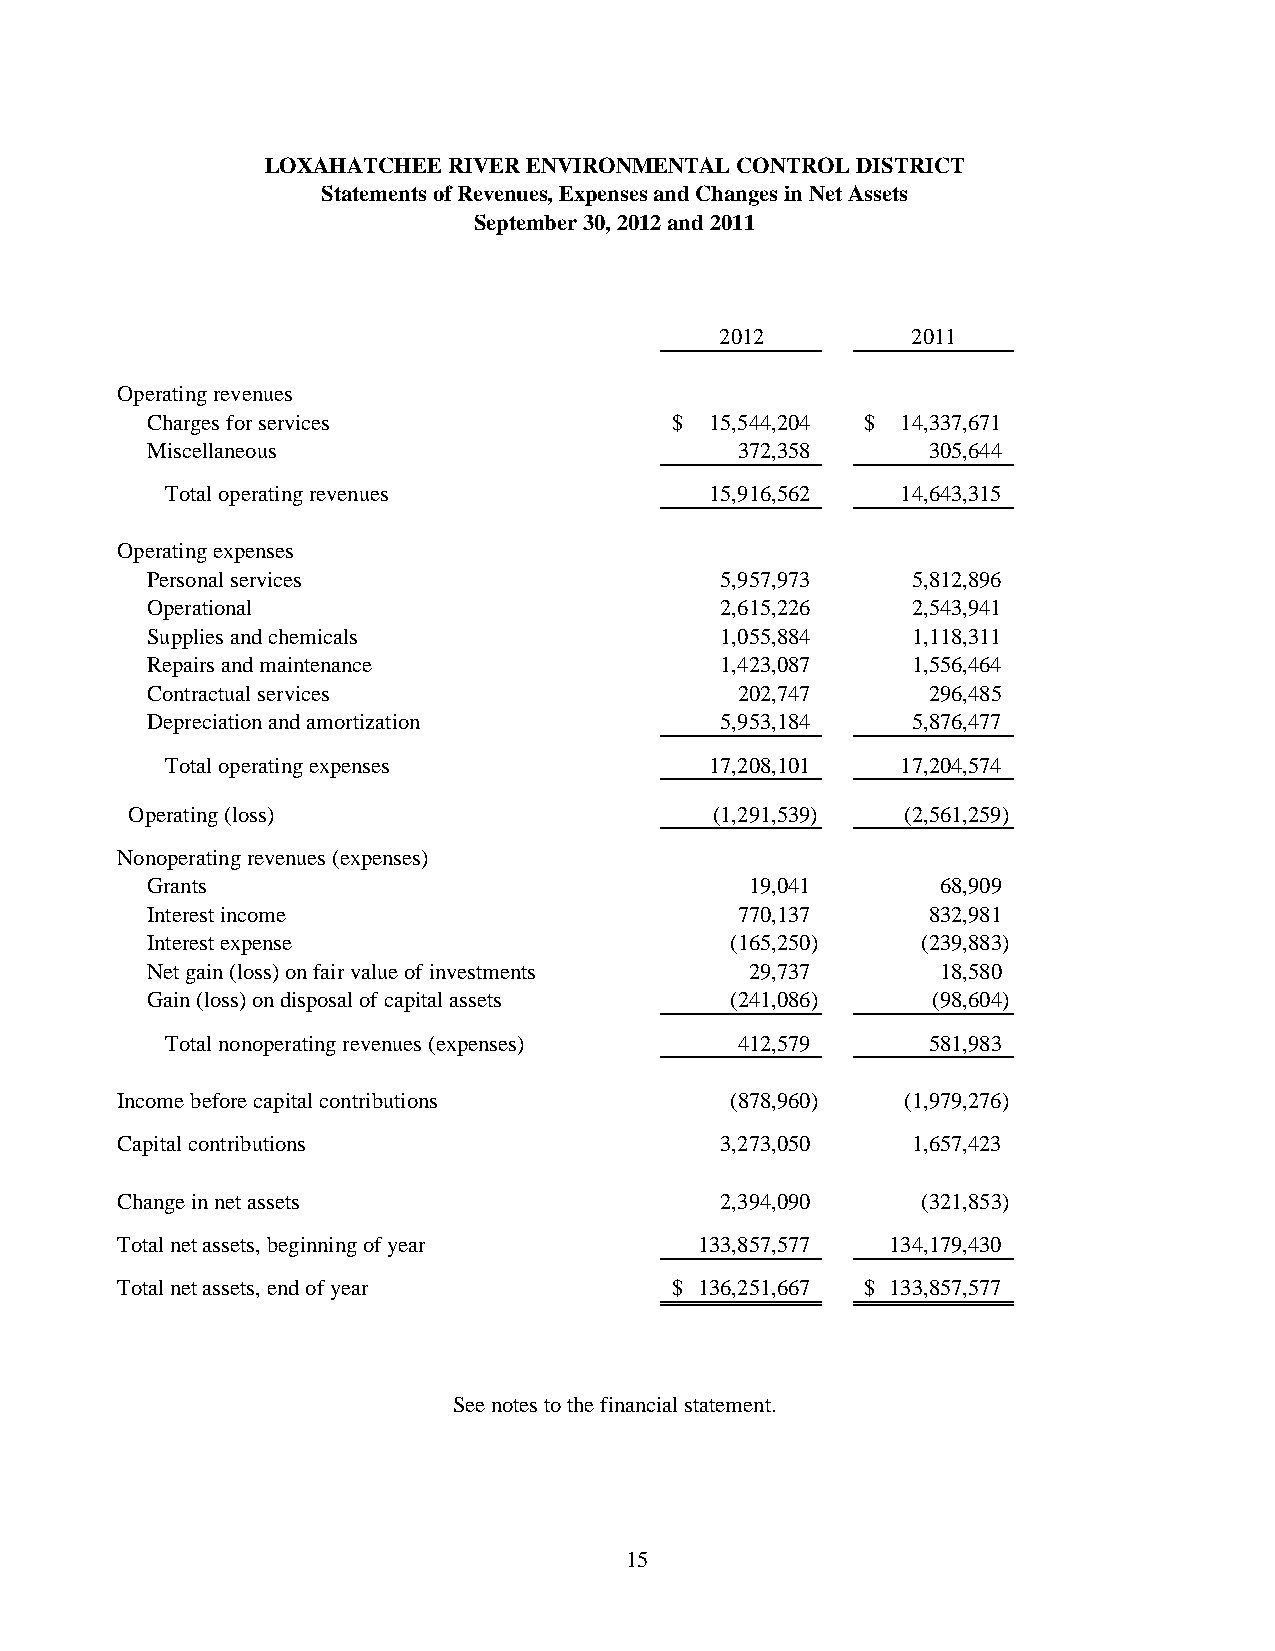
LOXAHATCHEE RIVER ENVIRONMENTAL CONTROL DISTRICT
 Statements of Revenues, Expenses and Changes in Net Assets
 September 30, 2012 and 2011
 2012        2011
 Operating revenues
 Charges for services              $  15,544,204 $ 14,337,671
 Miscellaneous                          372,358     305,644
 Total operating revenues            15,916,562   14,643,315
 Operating expenses
 Personal services                     5,957,973   5,812,896
 Operational                           2,615,226   2,543,941
 Supplies and chemicals                1,055,884   1,118,311
 Repairs and maintenance               1,423,087   1,556,464
 Contractual services                   202,747     296,485
 Depreciation and amortization         5,953,184   5,876,477
 Total operating expenses            17,208,101   17,204,574
 Operating (loss)                      (1,291,539)  (2,561,259)
 Nonoperating revenues (expenses)
 Grants                                  19,041      68,909
 Interest income                        770,137     832,981
 Interest expense                      (165,250)    (239,883)
 Net gain (loss) on fair value of investments 29,737 18,580
 Gain (loss) on disposal of capital assets (241,086) (98,604)
 Total nonoperating revenues (expenses) 412,579    581,983
 Income before capital contributions     (878,960)   (1,979,276)
 Capital contributions                   3,273,050   1,657,423
 Change in net assets                    2,394,090    (321,853)
 Total net assets, beginning of year   133,857,577  1 34,179,430
 Total net assets, end of year       $ 136,251,667 $ 133,857,577
 See notes to the financial statement.
 15